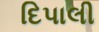
દિપાલી